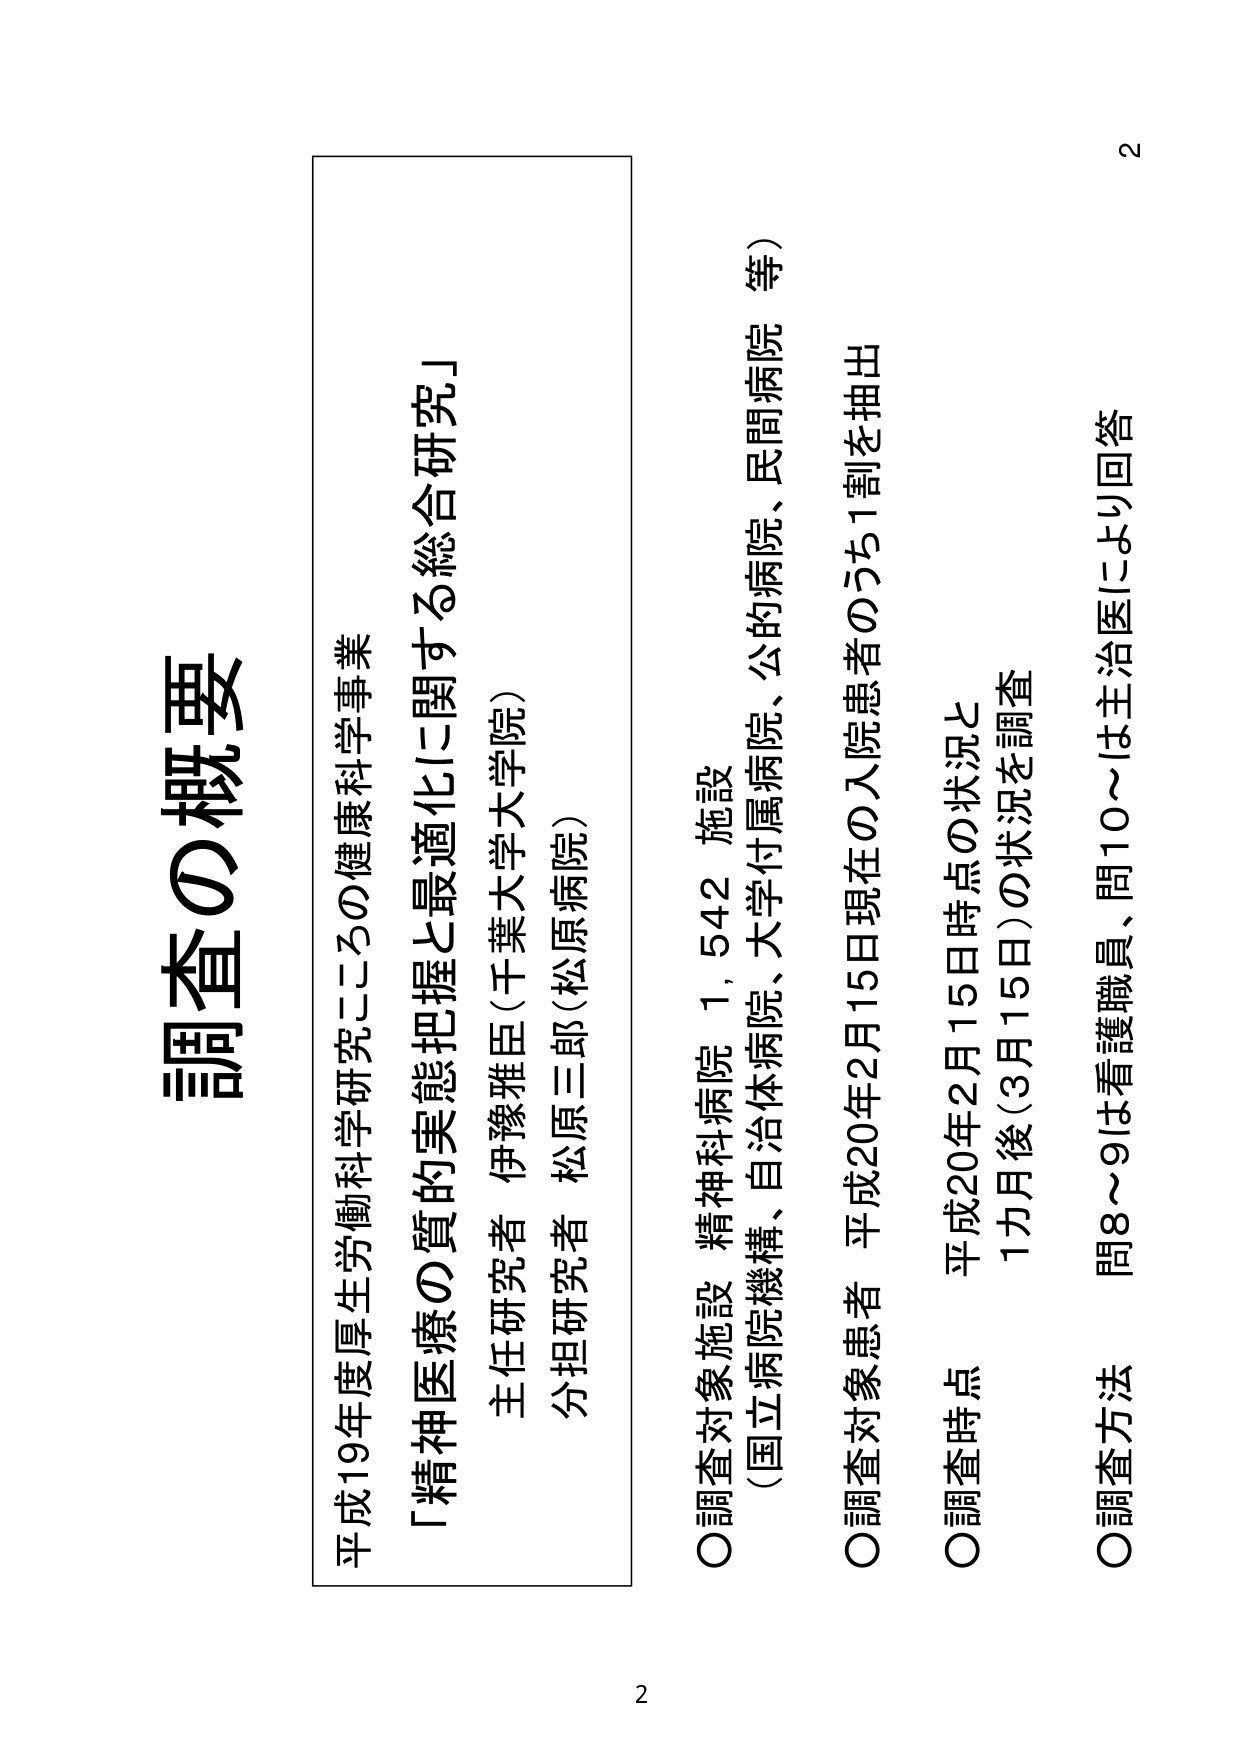
調査の概要

平成19年度厚生労働科学研究こころの健康科学事業
「精神医療の質的実態把握と最適化に関する総合研究」
主任研究者 伊豫雅臣（千葉大学大学院）
分担研究者 松原三郎（松原病院）

○調査対象施設 精神科病院 1,542 施設
（国立病院機構、自治体病院、大学付属病院、公的病院、民間病院 等）

○調査対象患者 平成20年2月15日現在の入院患者のうち1割を抽出

○調査時点 平成20年2月15日時点の状況と
1カ月後（3月15日）の状況を調査

○調査方法 問8～9は看護職員、問10～は主治医により回答

2